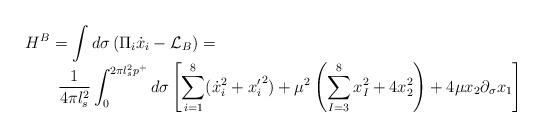
LaTeX: \begin{align*}\begin{array}{l}\displaystyle{H^B = \int d \sigma \left( \Pi_i \dot{x}_i - \mathcal{L}_B \right) = }\\\displaystyle{\qquad \frac{1}{4 \pi l_s^2} \int_{0}^{2 \pi l_s^2 p^+} d \sigma \left[ \sum_{i=1}^8 ({\dot{x}_i}^2 + {{x}_i^{\prime}}^2 ) + \mu^2 \left( \sum_{I=3}^8 x_I^2 + 4 x_2^2 \right) + 4 \mu x_2 \partial_\sigma x_1 \right]}\end{array}\end{align*}